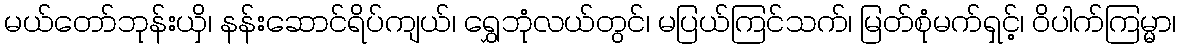
မယ်တော်ဘုန်းယှိ၊ နန်းဆောင်ရိပ်ကျယ်၊ ရွှေဘုံလယ်တွင်၊ မပြယ်ကြင်သက်၊ မြတ်စုံမက်ရှင့်၊ ဝိပါက်ကြမ္မာ၊